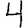
Digit: 4